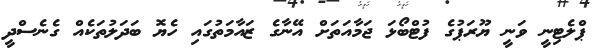
ޕްލެޓިނީ ވަނީ ޔޫރަޕުގެ ފުޓްބޯޅަ ޖަމާއަތަށް އޭނާގެ ޒައާމަތުގައި ހެޔޮ ބަދަލުތަކެއް ގެނެސްދީ